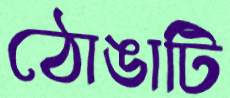
ঠোঙাটি